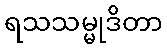
ရသသမ္မုဒိတာ